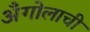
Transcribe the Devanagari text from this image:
अँगोलाची